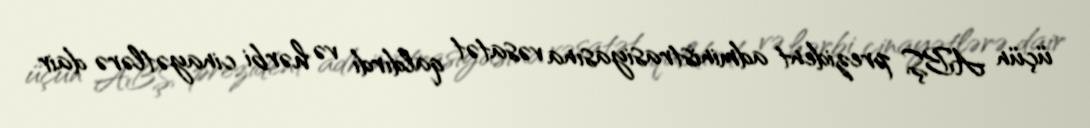
üçün ABŞ prezident administrasiyasına vəsatət qaldırdı və hərbi cinayətlərə dair